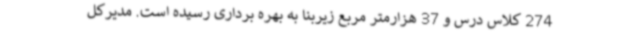
274 کلاس درس و 37 هزارمتر مربع زیربنا به بهره برداری رسیده است. مدیرکل